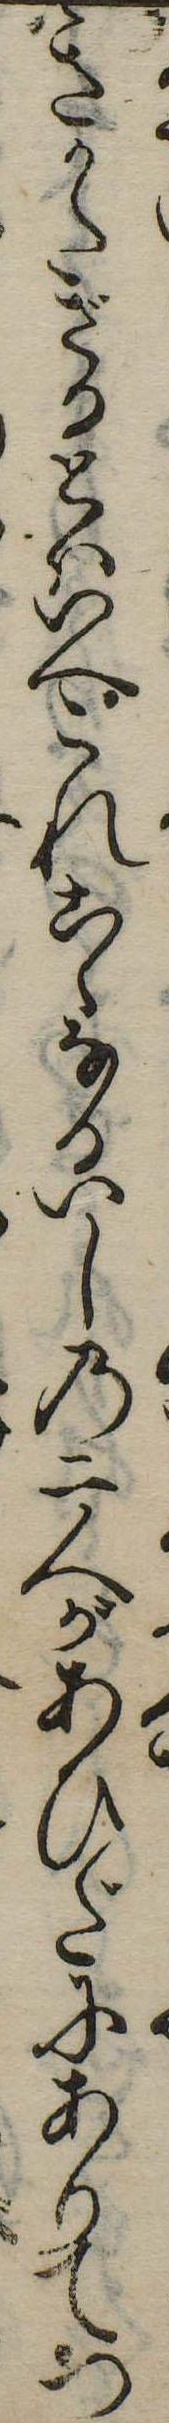
きかたざるとはいへこれこゝなるいしの二人があひだにありてつ